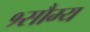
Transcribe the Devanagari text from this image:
१सौम्य